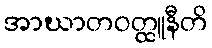
အာဃာတဝတ္ထူနီတိ